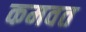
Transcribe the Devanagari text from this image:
कमवत